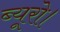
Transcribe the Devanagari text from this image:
ब्यूरो।